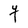
Character: Y